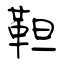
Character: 靼